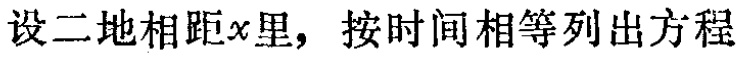
设二地相距\(x\)里，按时间相等列出方程